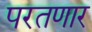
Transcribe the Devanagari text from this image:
परतणार